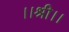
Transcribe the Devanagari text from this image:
।।श्री।।